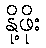
နို့ဖိုး